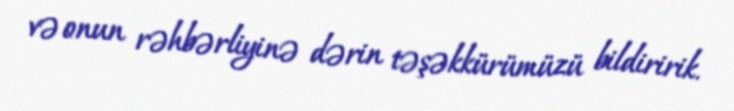
və onun rəhbərliyinə dərin təşəkkürümüzü bildiririk.